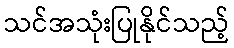
သင်အသုံးပြုနိုင်သည့်